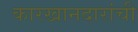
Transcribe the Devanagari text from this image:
कारखानदारांची